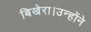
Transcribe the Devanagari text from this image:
बिखेरा।उन्होंने